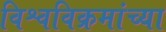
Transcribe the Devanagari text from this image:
विश्वविक्रमांच्या